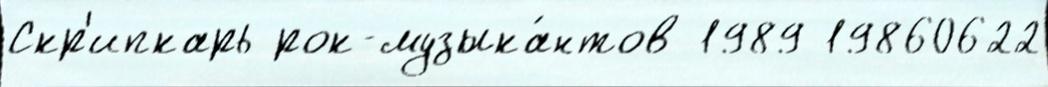
Скр'ипкарь рок-музыка́нтов 1989 19860622